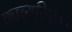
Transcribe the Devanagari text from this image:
काव्यसिद्धांत